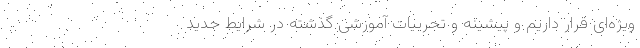
ویژه‌ای قرار داریم و پیشینه و تجربیات آموزشی گذشته در شرایط جدید